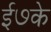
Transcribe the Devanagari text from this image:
ई७के